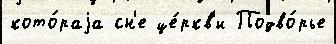
кото́раjа сн'е це́ркв'и Подво́рье